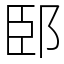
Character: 䢻